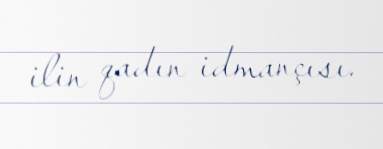
ilin qadın idmançısı.